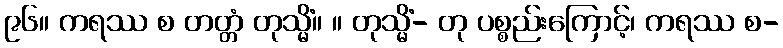
၉၆။ ကရဿ စ တတ္တံ တုသ္မိံ။ ။ တုသ္မိံ- တု ပစ္စည်းကြောင့်၊ ကရဿ စ-